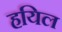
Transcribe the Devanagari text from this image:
हयिल